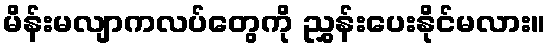
မိန်းမလျာကလပ်တွေကို ညွှန်းပေးနိုင်မလား။